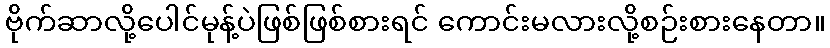
ဗိုက်ဆာလို့ပေါင်မုန့်ပဲဖြစ်ဖြစ်စားရင် ကောင်းမလားလို့စဉ်းစားနေတာ။